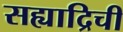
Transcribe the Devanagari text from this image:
सह्याद्रिची